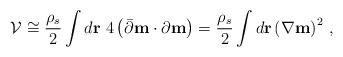
LaTeX: \begin{align*}{\cal V} \cong { \rho_s \over 2} \int d {\bf r} ~4 \left(\bar\partial {\bf m} \cdot {\partial }{\bf m} \right)= { \rho_s \over 2}\int d {\bf r} \left(\nabla {\bf m}\right)^2 \, ,\end{align*}